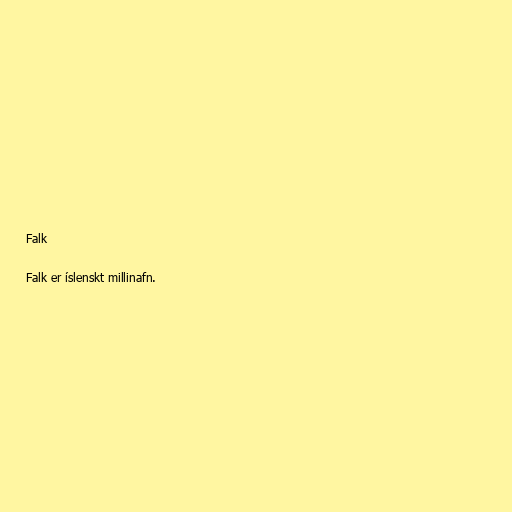
Falk

Falk er íslenskt millinafn.